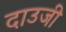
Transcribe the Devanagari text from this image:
दाउजी